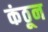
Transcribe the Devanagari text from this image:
कंठून